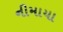
નીમાયા